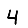
Digit: 4